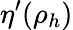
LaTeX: \eta^{\prime}(\rho_{h})